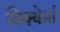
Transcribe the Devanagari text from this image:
विक्केर्स